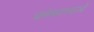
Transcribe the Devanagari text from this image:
धर्मव्यवस्थाओं